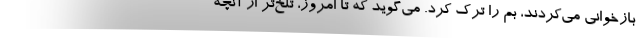
بازخواني مي‌كردند، بم را ترك كرد. مي‌گويد كه تا امروز، تلخ‌تر از آنچه